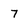
Character: 7